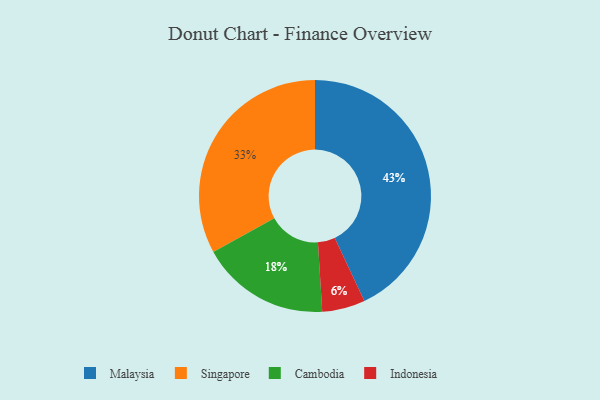
{"axis": {"x": "Category", "y": "Percentage"}, "legend": ["Cambodia", "Indonesia", "Malaysia", "Singapore"], "data": [{"x": "Singapore", "y": 33, "type": "Singapore"}, {"x": "Cambodia", "y": 18, "type": "Cambodia"}, {"x": "Malaysia", "y": 43, "type": "Malaysia"}, {"x": "Indonesia", "y": 6, "type": "Indonesia"}]}